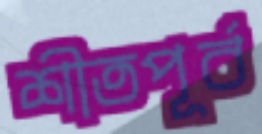
শীতপূর্ব